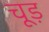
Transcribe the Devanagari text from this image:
चूड़